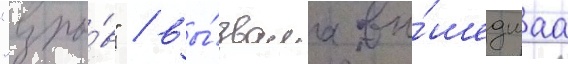
"взры́в" / вы́звала вы́шедшаа